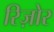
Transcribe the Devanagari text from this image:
रिज़ोर